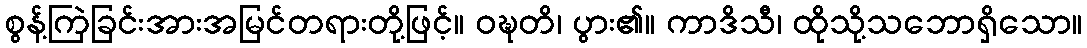
စွန့်ကြဲခြင်းအားအမြင်တရားတို့ဖြင့်။ ဝဍ္ဎတိ၊ ပွား၏။ ကာဒိသီ၊ ထိုသို့သဘောရှိသော။